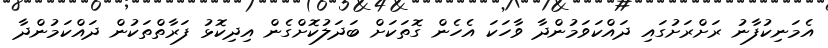
އެމަނިކުފާނު ރަށްރަށުގައި ދައްކަވަމުންދާ ވާހަކަ އެހެން ގޮތަކަށް ބަދަލުކޮށްގެން އިދިކޮޅު ފަރާތްތަކުން ދައްކަމުންދާ